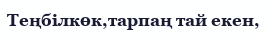
Теңбілкөк,тарпаң тай екен,